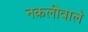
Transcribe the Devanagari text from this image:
नकलीवाले